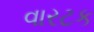
વારટક